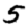
Digit: 5